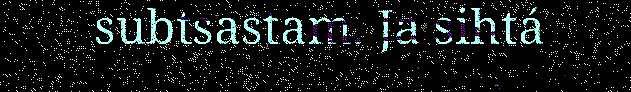
subtsastam. Ja sihtá